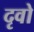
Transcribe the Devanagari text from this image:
दृवो